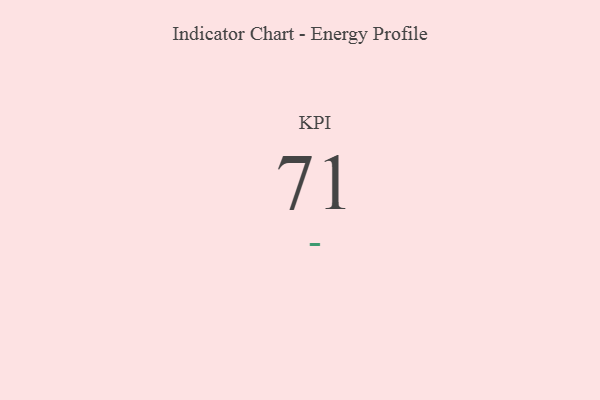
{"axis": {"x": "KPI", "y": "Value"}, "legend": [""], "data": [{"x": "KPI", "y": 71, "type": ""}]}